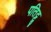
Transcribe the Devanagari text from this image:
पतिट्टु